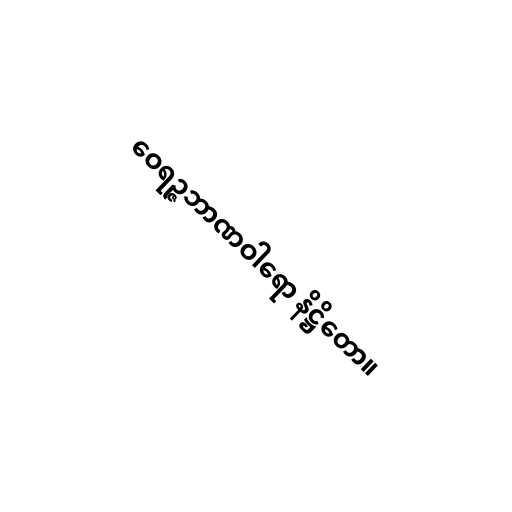
ဝေရဉ္ဇဘာဏဝါရော နိဋ္ဌိတော။